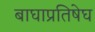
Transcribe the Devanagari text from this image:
बाघाप्रतिषेघ